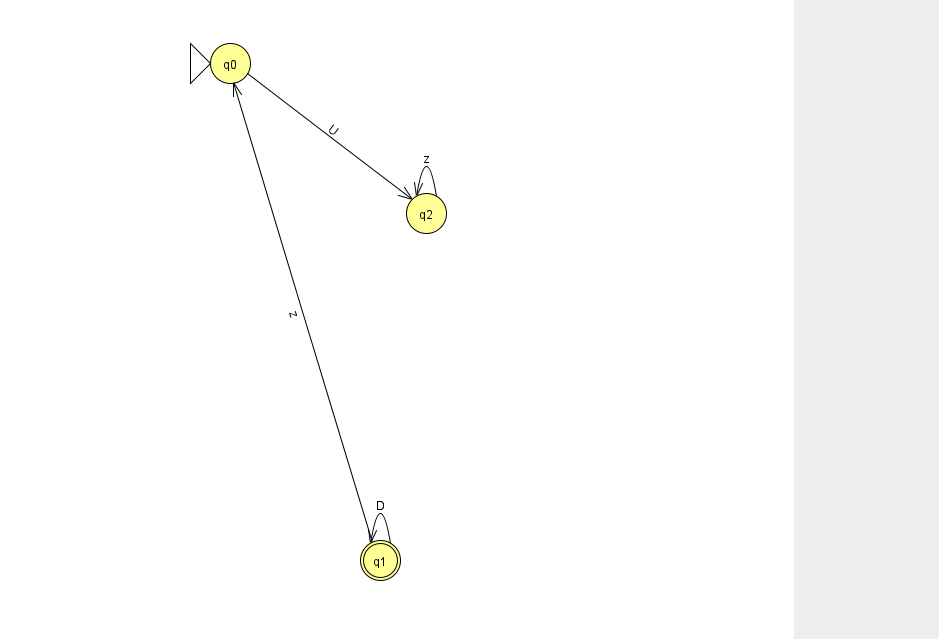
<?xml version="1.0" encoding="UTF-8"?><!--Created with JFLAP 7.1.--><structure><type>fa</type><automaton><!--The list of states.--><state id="0" name="q0"><x>230.0</x><y>50.0</y><initial/></state><state id="1" name="q1"><x>380.0</x><y>547.0</y><final/></state><state id="2" name="q2"><x>426.0</x><y>200.0</y></state><!--The list of transitions.--><transition><from>1</from><to>0</to><read>z</read></transition><transition><from>1</from><to>1</to><read>D</read></transition><transition><from>0</from><to>2</to><read>U</read></transition><transition><from>2</from><to>2</to><read>z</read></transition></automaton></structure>